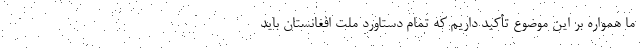
ما همواره بر این موضوع تأکید داریم که تمام دستاورد ملت افغانستان باید